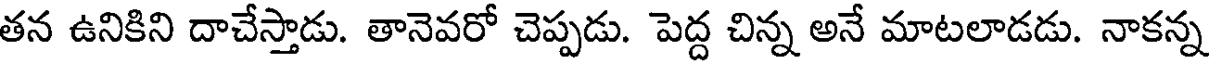
తన ఉనికిని దాచేస్తాడు. తానెవరో చెప్పడు. పెద్ద చిన్న అనే మాటలాడడు. నాకన్న